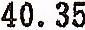
40.35